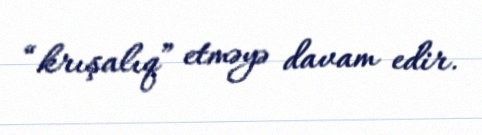
“krışalıq” etməyə davam edir.